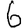
Digit: 6